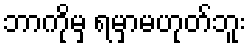
ဘာကိုမှ ရမှာမဟုတ်ဘူး